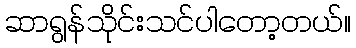
ဆာရွန်သိုင်းသင်ပါတော့တယ်။